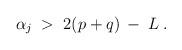
LaTeX: \begin{align*}\alpha_j \;>\; 2 (p+q) \:-\: L \;.\end{align*}